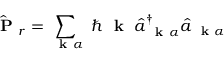
\hat { \mathrm { ~ \bf ~ P ~ } } _ { r } = \sum _ { \mathrm { ~ \bf ~ k ~ } \alpha } \; \hbar \mathrm { ~ \bf ~ k ~ } \; \hat { a } _ { \mathrm { ~ \bf ~ k ~ } \alpha } ^ { \dagger } \hat { a } _ { \mathrm { ~ \bf ~ k ~ } \alpha }